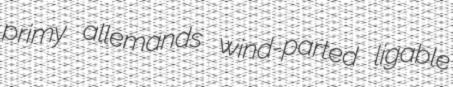
primy allemands wind-parted ligable